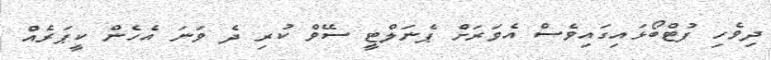
ދިވެހި ފުޓްބޯޅައިގައިވެސް އެވަރަށް ޕެނަލްޓީ ސޭވް ކުރި ދެ ވަނަ އެހެން ކީޕަރެއް